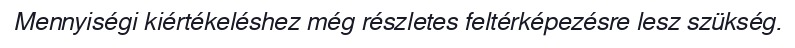
Mennyiségi kiértékeléshez még részletes feltérképezésre lesz szükség.